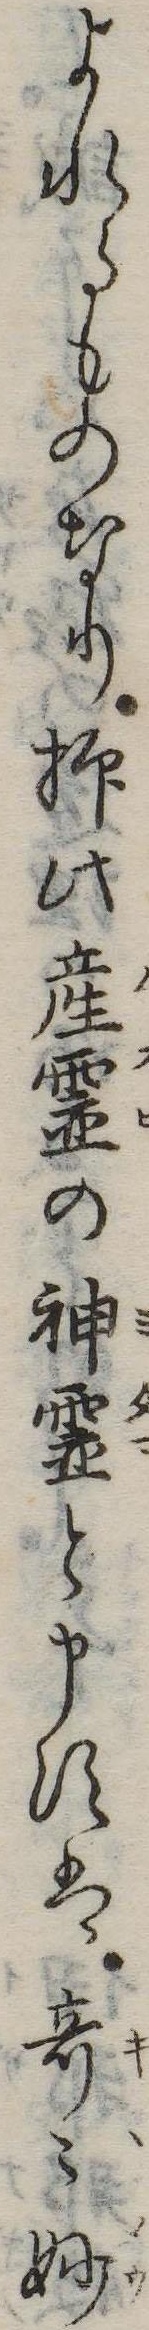
よれるものなり抑此産霊の御霊と申すは奇妙